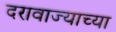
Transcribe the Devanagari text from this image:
दरावाज्याच्या